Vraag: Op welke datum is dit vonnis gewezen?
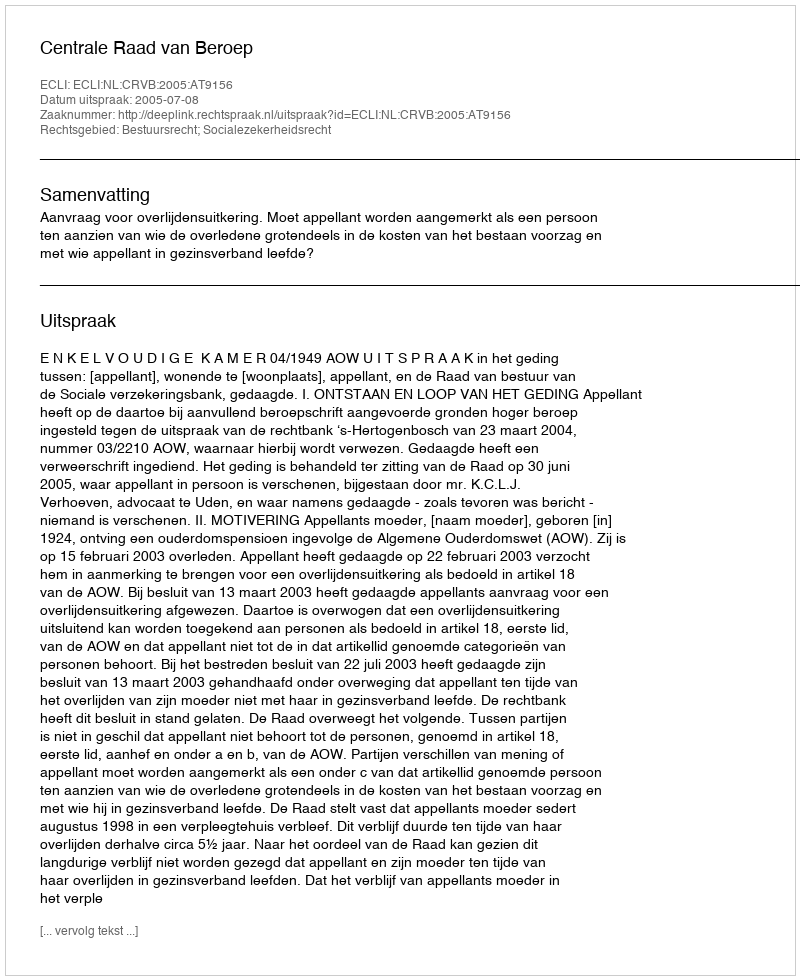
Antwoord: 2005-07-08